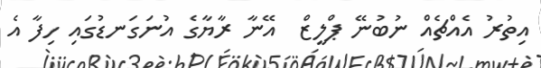
އިތުރު އެއްޗެއް ނުބުނޭ ޕްލީޒް  އޭނާ ރާޔާގެ އުނަގަނޑުގައި ހިފާ އެ